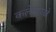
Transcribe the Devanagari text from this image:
कलेसारखे